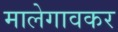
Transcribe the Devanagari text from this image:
मालेगावकर